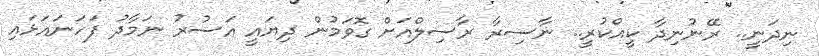
ނިދަނީ.. ރޭނުނިދާ ކީއްކުރީ.. ނާސިރާ ރާސިލްއަށް ގޮވަމުން ދިޔައީ އަސުރު ނަމާދު ފަހަނައަޅައި